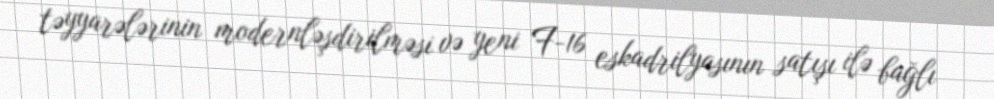
təyyarələrinin modernləşdirilməsi və yeni F-16 eskadrilyasının satışı ilə bağlı